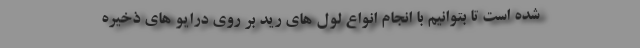
شده است تا بتوانیم با انجام انواع لول های رید بر روی درایو های ذخیره